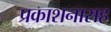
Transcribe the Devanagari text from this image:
प्रकाशनासह